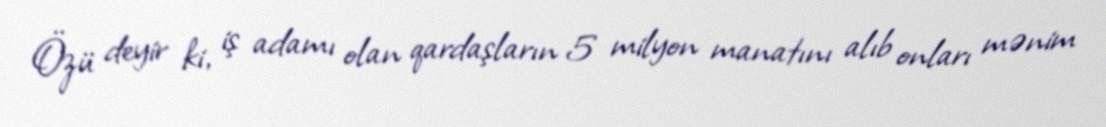
Özü deyir ki, iş adamı olan qardaşların 5 milyon manatını alıb onları mənim